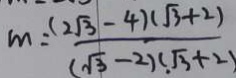
m = \frac { ( 2 \sqrt { 3 } - 4 ) ( \sqrt { 3 } + 2 ) } { ( \sqrt { 3 } - 2 ) ( \sqrt { 3 } + 2 ) }